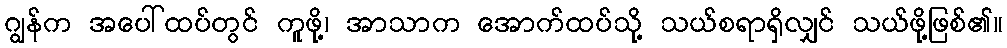
ဂျွန်က အပေါ်ထပ်တွင် ကူဖို့၊ အာသာက အောက်ထပ်သို့ သယ်စရာရှိလျှင် သယ်ဖို့ဖြစ်၏။